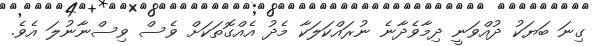
ގިނަ ބަޔަކު ދުއްވަނީ ދިމާވެދާނެ ނުރައްކަލަކާ މެދު އެއްގޮތަކަށް ވެސް ވިސްނާނުލަ އެވެ.